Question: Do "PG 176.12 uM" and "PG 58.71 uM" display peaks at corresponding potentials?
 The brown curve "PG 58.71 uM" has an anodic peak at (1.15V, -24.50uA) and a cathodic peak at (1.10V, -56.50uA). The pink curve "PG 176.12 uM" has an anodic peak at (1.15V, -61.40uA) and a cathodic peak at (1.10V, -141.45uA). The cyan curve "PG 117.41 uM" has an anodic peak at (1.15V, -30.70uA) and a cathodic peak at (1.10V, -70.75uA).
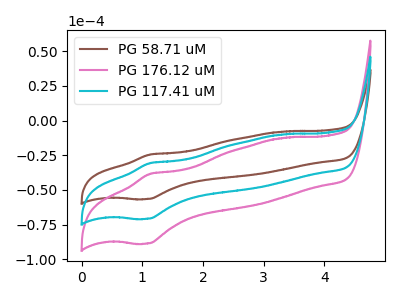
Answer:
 <answer>Yes, "PG 176.12 uM" have a peak in "PG 58.71 uM" at the same potential.</answer>
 <eval>match</eval>